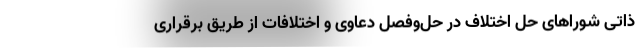
ذاتی شوراهای حل اختلاف در حل‌وفصل دعاوی و اختلافات از طریق برقراری